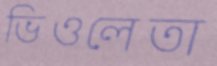
ভিওলেতা